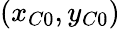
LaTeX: (x_{C0},y_{C0})